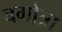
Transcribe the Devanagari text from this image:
बगोत्रा